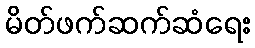
မိတ်ဖက်ဆက်ဆံရေး